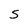
Character: S